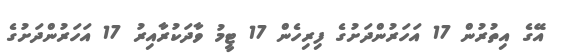
އޭގެ އިތުރުން 17 އަހަރުންދަށުގެ ފިރިހެން 17 ޓީމު ވާދަކުރާއިރު 17 އަހަރުންދަށުގެ